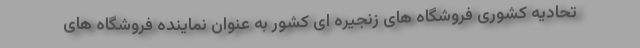
تحادیه کشوری فروشگاه های زنجیره ای کشور به عنوان نماینده فروشگاه های